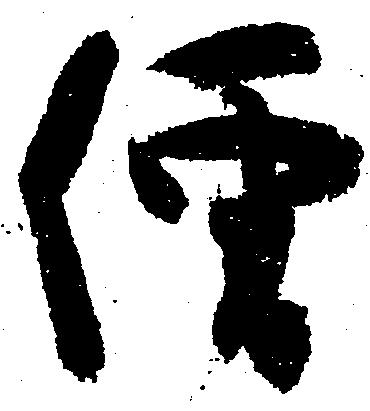
僧